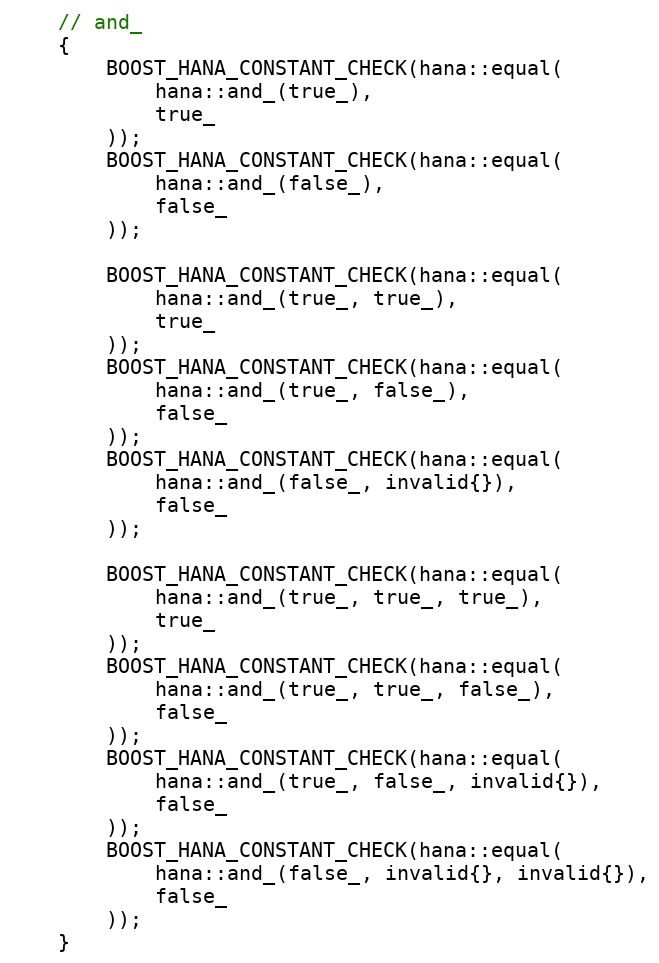
Language: C++
    // and_
    {
        BOOST_HANA_CONSTANT_CHECK(hana::equal(
            hana::and_(true_),
            true_
        ));
        BOOST_HANA_CONSTANT_CHECK(hana::equal(
            hana::and_(false_),
            false_
        ));

        BOOST_HANA_CONSTANT_CHECK(hana::equal(
            hana::and_(true_, true_),
            true_
        ));
        BOOST_HANA_CONSTANT_CHECK(hana::equal(
            hana::and_(true_, false_),
            false_
        ));
        BOOST_HANA_CONSTANT_CHECK(hana::equal(
            hana::and_(false_, invalid{}),
            false_
        ));

        BOOST_HANA_CONSTANT_CHECK(hana::equal(
            hana::and_(true_, true_, true_),
            true_
        ));
        BOOST_HANA_CONSTANT_CHECK(hana::equal(
            hana::and_(true_, true_, false_),
            false_
        ));
        BOOST_HANA_CONSTANT_CHECK(hana::equal(
            hana::and_(true_, false_, invalid{}),
            false_
        ));
        BOOST_HANA_CONSTANT_CHECK(hana::equal(
            hana::and_(false_, invalid{}, invalid{}),
            false_
        ));
    }